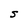
Character: S